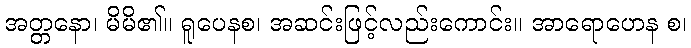
အတ္တနော၊ မိမိ၏။ ရူပေနစ၊ အဆင်းဖြင့်လည်းကောင်း။ အာရောဟေန စ၊